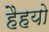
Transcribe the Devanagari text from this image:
हैहयो